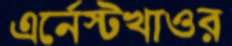
এর্নেস্টখাওর